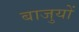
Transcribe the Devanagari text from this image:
बाजुयों